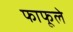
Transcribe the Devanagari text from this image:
फाफूले